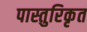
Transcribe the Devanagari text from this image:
पास्तुरिकृत